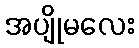
အပျိုမလေး